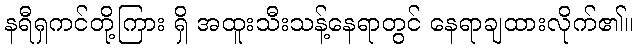
နရီရှကင်တို့ကြား ရှိ အထူးသီးသန့်နေရာတွင် နေရာချထားလိုက်၏။